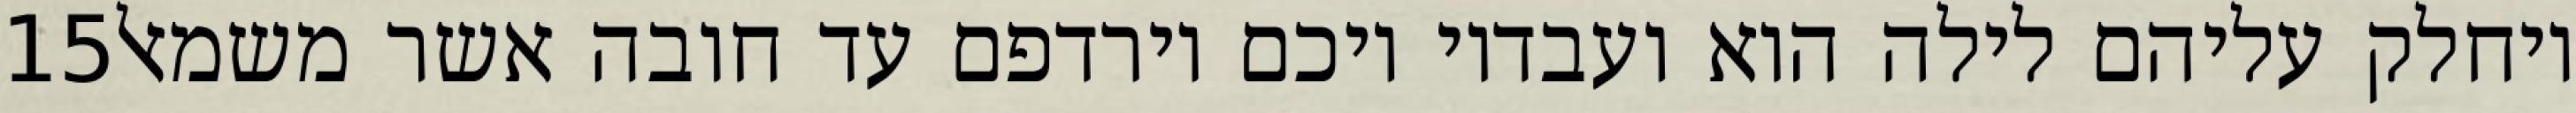
‎15‏ ויחלק עליהם לילה הוא ועבדיו ויכם וירדפם עד חובה אשר משמאל